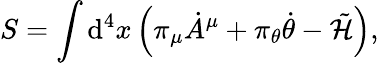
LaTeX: S=\int\mathrm{d}^{4}x\left(\pi_{\mu}{\dot{A}}^{\mu}+\pi_{\theta}\dot{\theta}-\tilde{\cal H}\right),